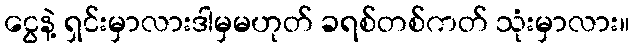
ငွေနဲ့ ရှင်းမှာလားဒါမှမဟုတ် ခရစ်တစ်ကတ် သုံးမှာလား။